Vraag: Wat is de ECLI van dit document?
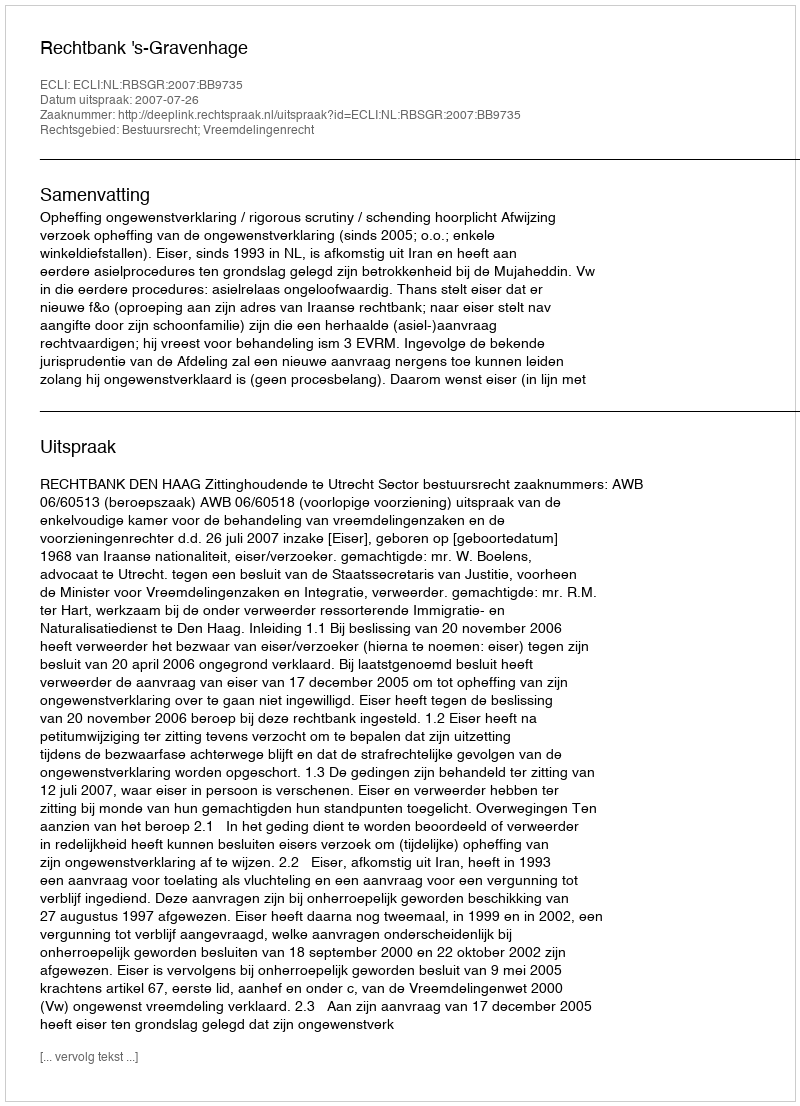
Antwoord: ECLI:NL:RBSGR:2007:BB9735